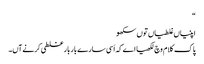
‏“‏
اپنیاں غلطیاں توں سکھو
پاک کلام وچ لکھیا اے کہ اَسی سارے بار بار غلطی کرنے آں۔